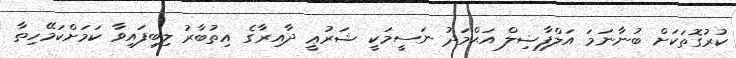
ކުރުގޮތަކަށް ބުނާނަމަ އަލްފާޟިލް އަޙްމަދު ނަސީމަކީ ޝަރުޢީ ދާއިރާގެ އިތުބާރު ލިބިފައިވާ ކަމަށްކަމޭހިތާ